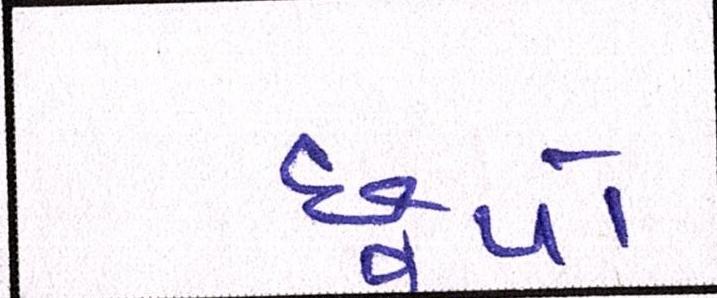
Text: છૂપો